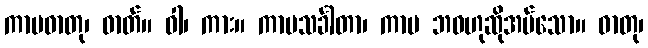
ကာမဓာတု၊ ဓာတ်။ ဝါ၊ ကား။ ကာမသင်္ခါတာ၊ ကာမ ဘဝဟုဆိုအပ်သော။ ဓာတု၊